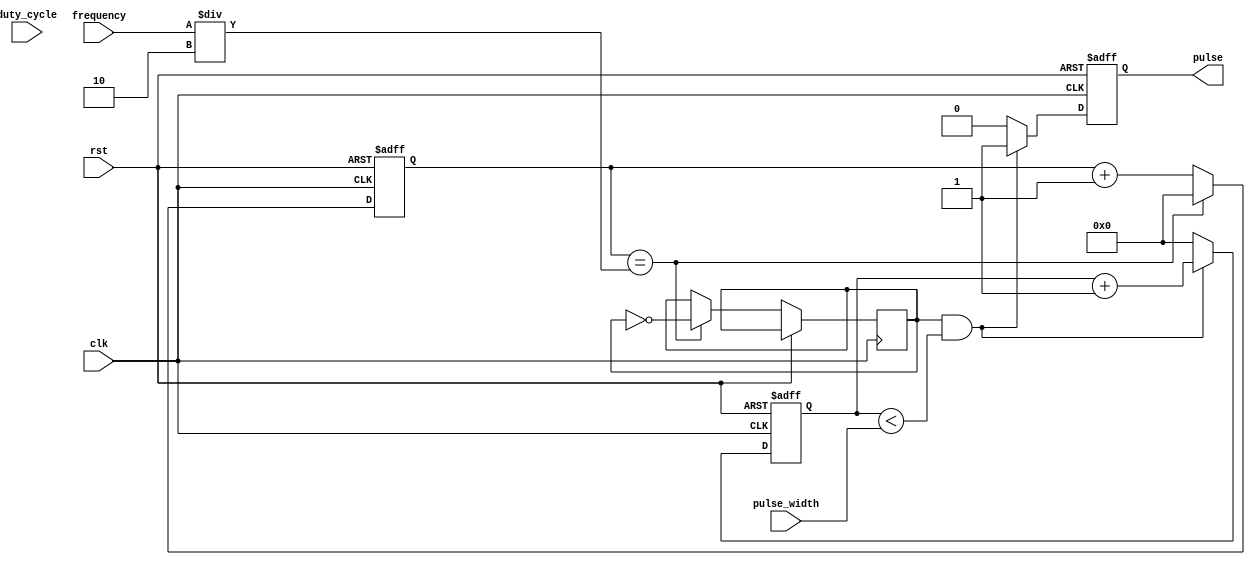
module PulseGenerator (
    input wire clk,
    input wire rst,
    input wire [7:0] pulse_width,
    input wire [7:0] frequency,
    input wire [7:0] duty_cycle,
    output reg pulse
);

reg [7:0] count = 8'b0;
reg [7:0] pulse_count = 8'b0;
reg signal;

always @(posedge clk or posedge rst) begin
    if (rst) begin
        count <= 8'b0;
        pulse_count <= 8'b0;
        pulse <= 1'b0;
    end else begin
        count <= count + 1;
        if (count == frequency / 2) begin
            signal <= ~signal;
            count <= 8'b0;
        end
        if (signal && pulse_count < pulse_width) begin
            pulse <= 1'b1;
            pulse_count <= pulse_count + 1;
        end else begin
            pulse <= 1'b0;
            pulse_count <= 8'b0;
        end
    end
end

endmodule